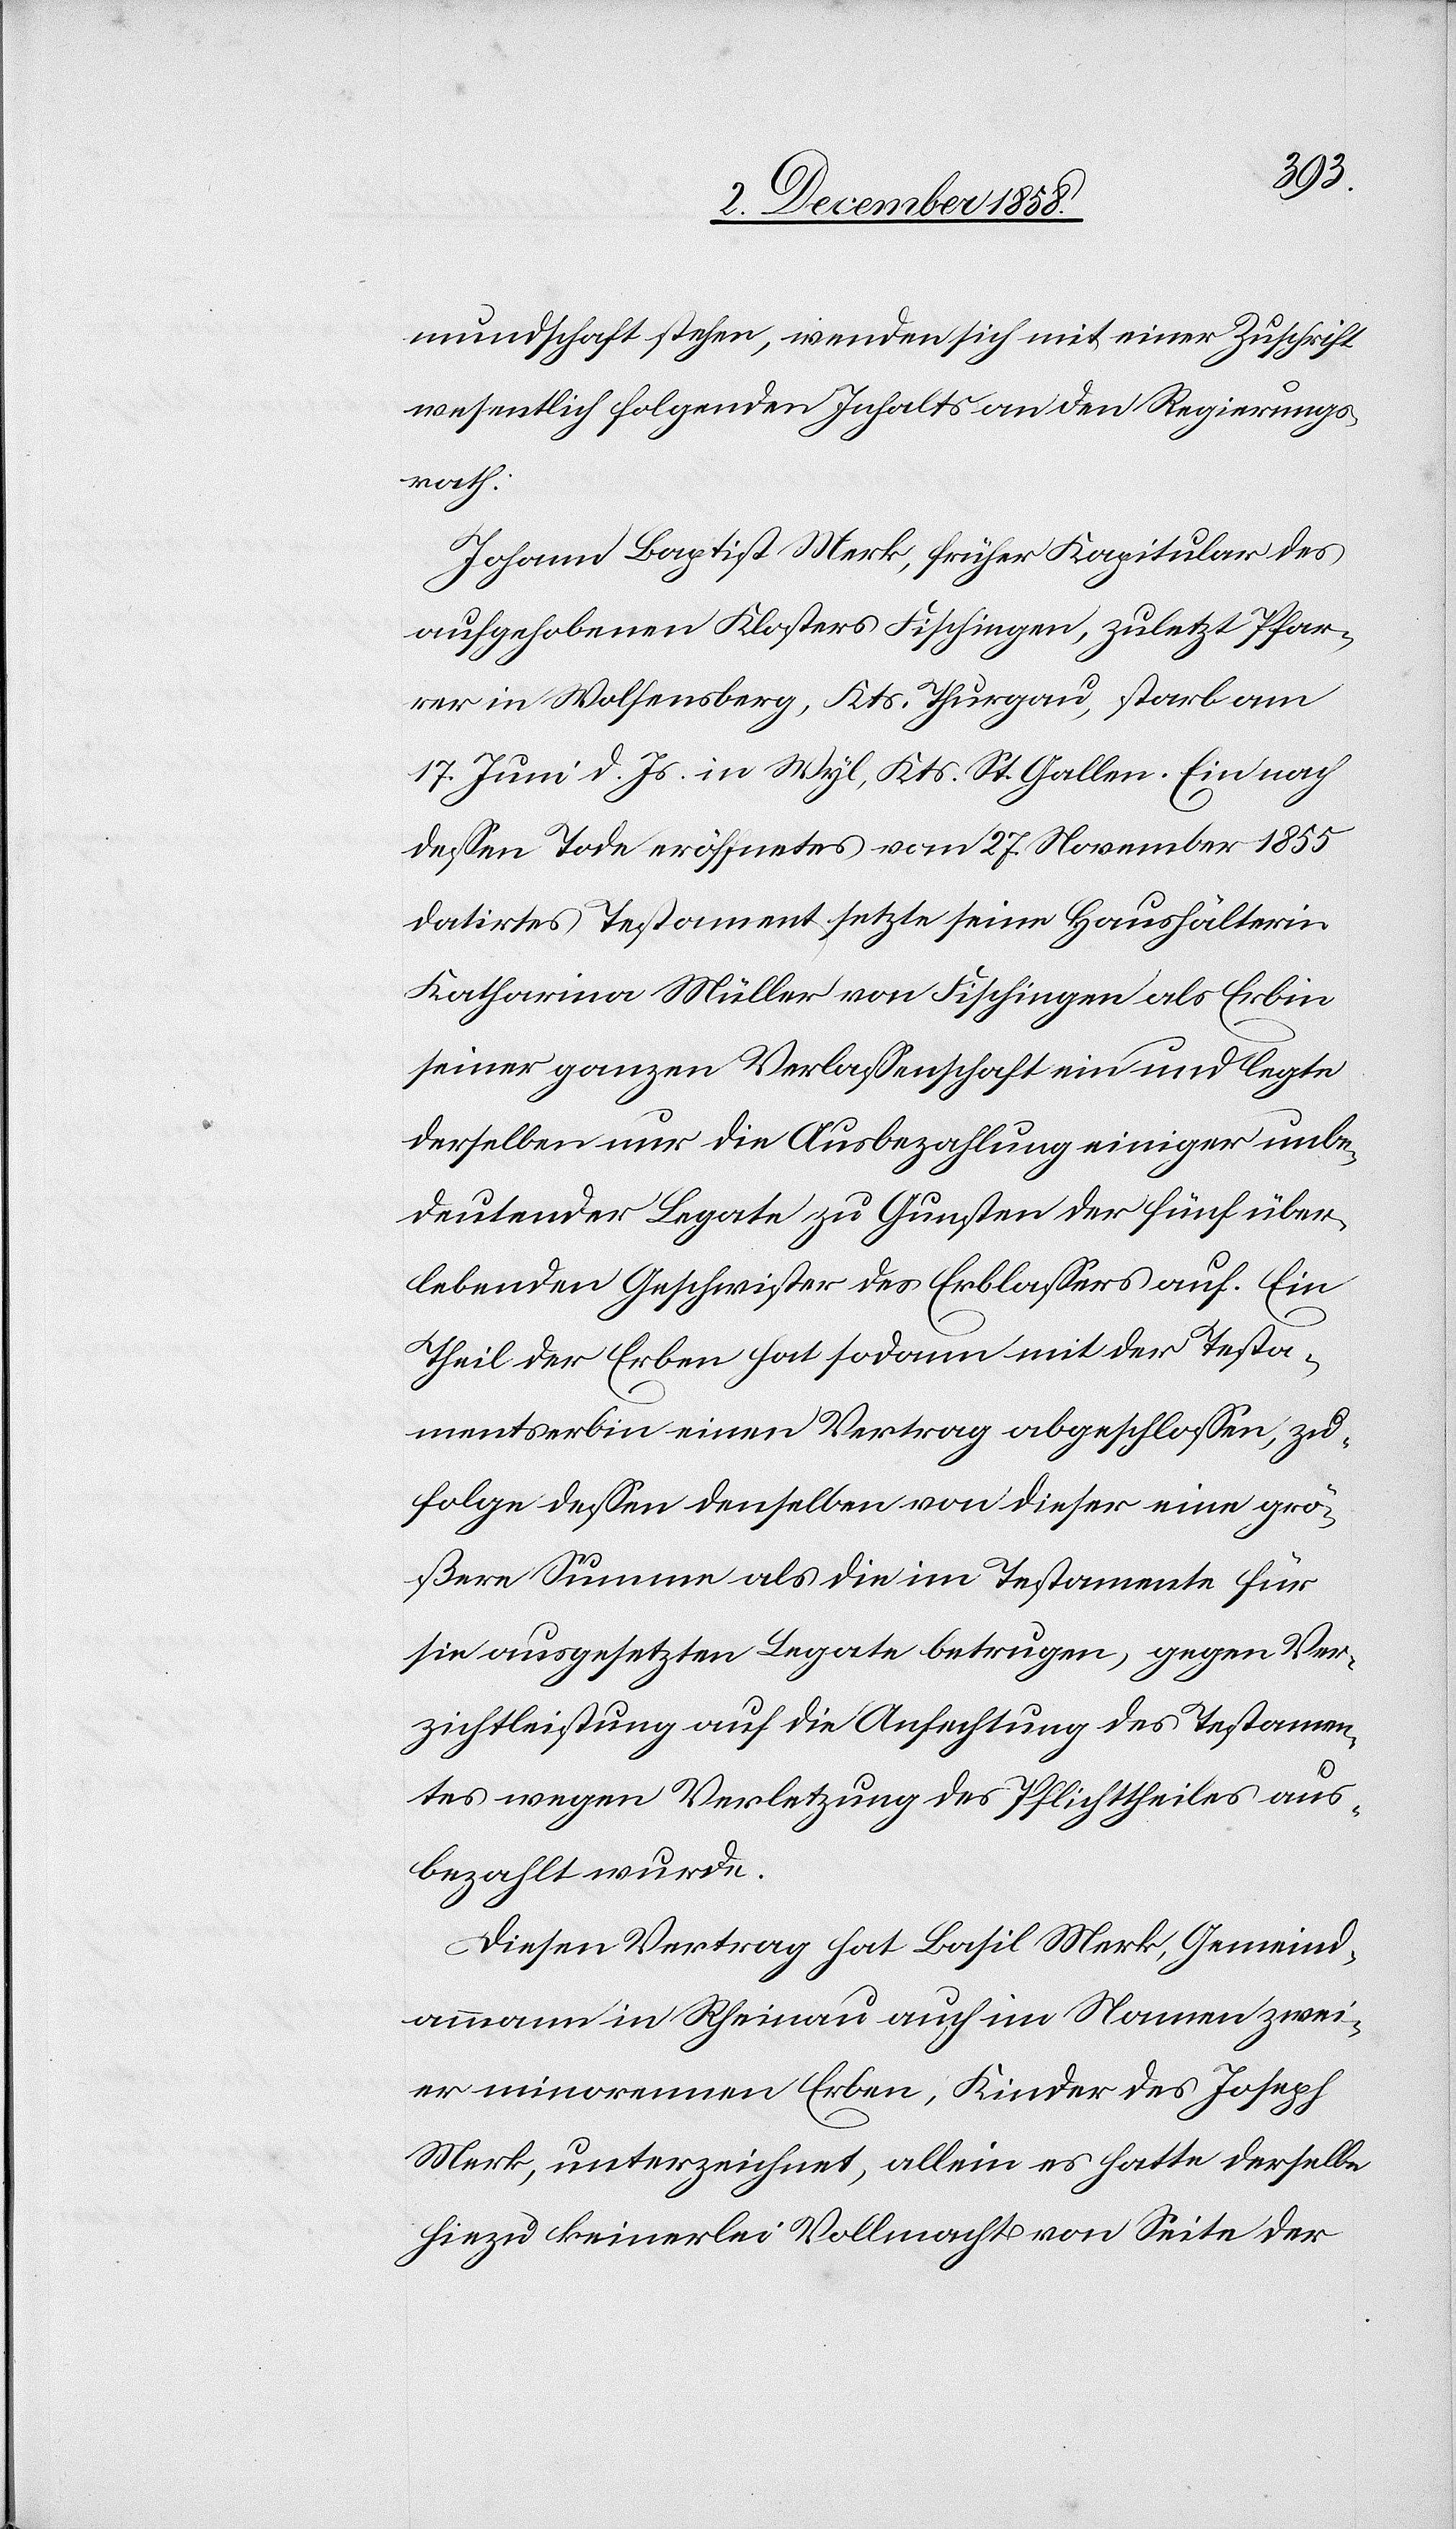
mundschaft stehen, wenden sich mit einer Zuschrift
wesentlich folgenden Inhalts an den Regierungs¬
rath:
Johann Baptist Merk, früher Kapitular des
aufgehobenen Klosters Fischingen, zuletzt Pfar¬
rer in Wolfensberg, Kts. Thurgau, starb am
17. Juni d. Js. in Wyl, Kts. St. Gallen. Ein nach
dessen Tode eröffnetes vom 27. November 1855
datirtes Testament setzte seine Haushälterin
Katharina Müller von Fischingen als Erbin
seiner ganzen Verlassenschaft ein und legte
derselben nur die Ausbezahlung einiger unbe¬
deutender Legate zu Gunsten der fünf über¬
lebenden Geschwister des Erblassers auf. Ein
Theil der Erben hat sodann mit der Testa¬
mentserbin einen Vertrag abgeschlossen, zu¬
folge dessen denselben von dieser eine grö¬
ßere Summe als die im Testamente für
sie ausgesetzten Legate betrugen, gegen Ver¬
zichtleistung auf die Anfechtung des Testamen¬
tes wegen Verletzung des Pflichttheiles aus¬
bezahlt wurde.
Diesen Vertrag hat Basil Merk, Gemeind¬
ammann in Rheinau auch im Namen zwei¬
er minorennen Erben, Kinder des Joseph
Merk, unterzeichnet, allein es hatte derselbe
hiezu keinerlei Vollmacht von Seite der